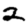
Digit: 2